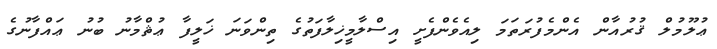
ޢުލޫމުލް ޤުރުއާން އެންމެފުރަތަމަ ލިއެވެންފެށީ އިސްލާމީޚިލާފަތުގެ ތިންވަނަ ޚަލީފާ ޢުޘްމާނު ބުނު ޢައްފާނުގެ